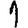
Digit: 1